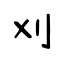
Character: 刈